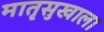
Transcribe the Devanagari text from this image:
मातृसुखाला